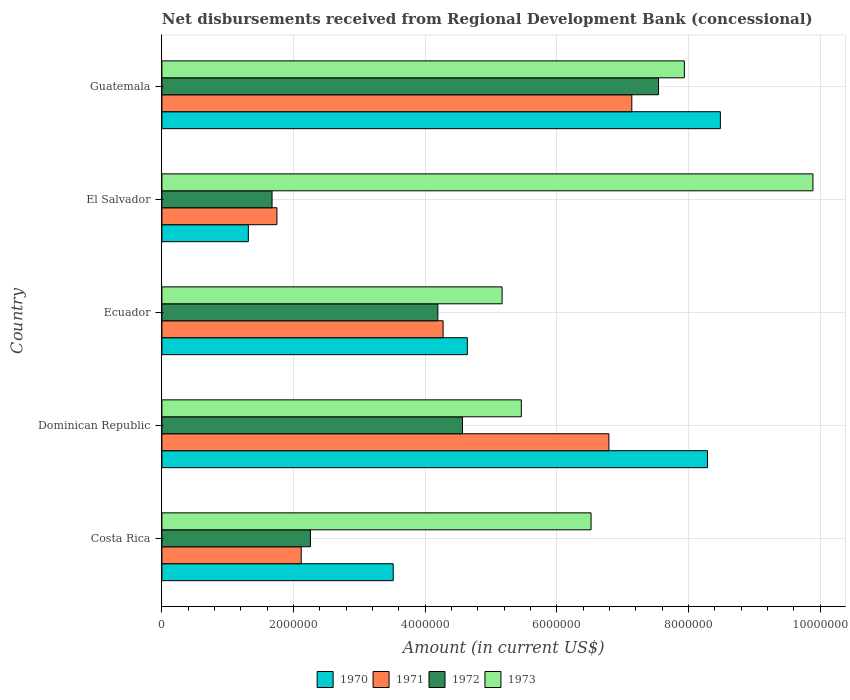
| Country | 1970 | 1971 | 1972 | 1973 |
 | --- | --- | --- | --- | --- |
 | Costa Rica | 3.51e+06 | 2.12e+06 | 2.26e+06 | 6.52e+06 |
 | Dominican Republic | 8.29e+06 | 6.79e+06 | 4.56e+06 | 5.46e+06 |
 | Ecuador | 4.64e+06 | 4.27e+06 | 4.19e+06 | 5.17e+06 |
 | El Salvador | 1.31e+06 | 1.75e+06 | 1.67e+06 | 9.89e+06 |
 | Guatemala | 8.48e+06 | 7.14e+06 | 7.54e+06 | 7.94e+06 |